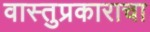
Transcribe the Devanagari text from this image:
वास्तुप्रकाराचा